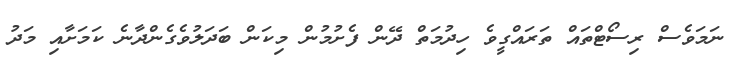
ނަމަވެސް ރިސޯޓްތައް ތަރައްގީވެ ހިދުމަތް ދޭން ފެށުމުން މިކަން ބަދަލުވެގެންދާނެ ކަމަށާއި މަދު